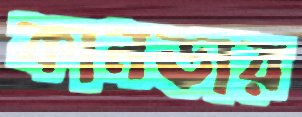
কানডার